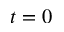
t = 0